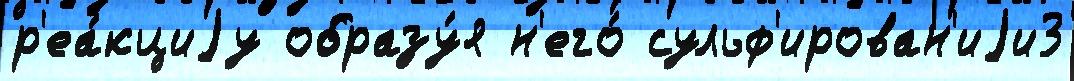
р'еа́кциjу образу́я н'его́ сульф'ирован'иjи3